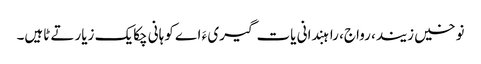
نوخیں زیند، رواج، راہبندانی یات گیری ءَ اے کوہانی چکایک زیارتے ٹاہیں۔